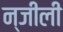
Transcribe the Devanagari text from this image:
न्जीली